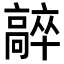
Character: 𩫛